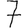
Digit: 7